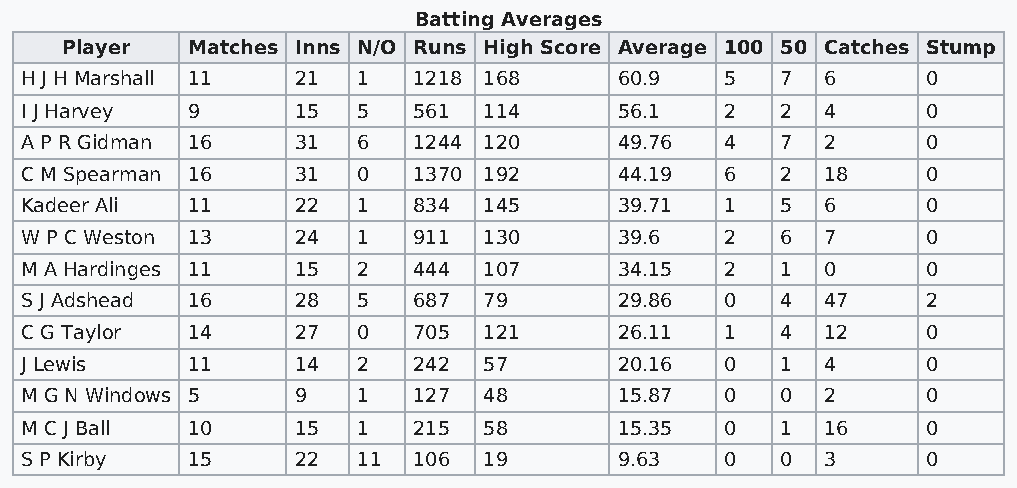
Batting Averages
 Player  Matches Inns N/O Runs High Score Average 100 50 Catches Stump
 H J H Marshall 11  21  1  1218 168      60.9   5   7  6     0
 I J Harvey 9       15  5  561  114      56.1   2   2  4     0
 A P R Gidman 16    31  6  1244 120      49.76  4   7  2     0
 C M Spearman 16    31  0  1370 192      44.19  6   2  18    0
 Kadeer Ali 11      22  1  834  145      39.71  1   5  6     0
 W P C Weston 13    24  1  911  130      39.6   2   6  7     0
 M A Hardinges 11   15  2  444  107      34.15  2   1  0     0
 S J Adshead 16     28  5  687  79       29.86  0   4  47    2
 C G Taylor 14      27  0  705  121      26.11  1   4  12    0
 J Lewis    11      14  2  242  57       20.16  0   1  4     0
 M G N Windows 5    9   1  127  48       15.87  0   0  2     0
 M C J Ball 10      15  1  215  58       15.35  0   1  16    0
 S P Kirby  15      22  11 106  19       9.63   0   0  3     0